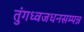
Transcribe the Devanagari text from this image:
तुंगध्वजधनसम्पन्न